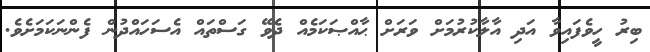
ބިރު ހީވެފައިވާ އަދި އާލާކުރުމަށް ވަރަށް ޙާއްޞަކަމެއް ދެވޭ ގަސްތައް އެސަހައްދުން ފެންނަކަމަށެވެ.